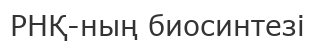
РНҚ-ның биосинтезi